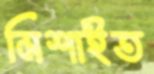
মিশাইত